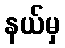
နယ်မှ